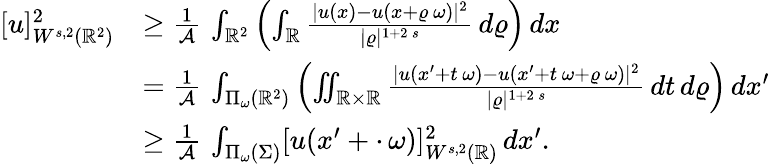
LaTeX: \begin{array}{rl}{[u]_{W^{s,2}(\mathbb{R}^{2})}^{2}}&{\ge\frac{1}{\mathcal{A}}\, \int_{\mathbb{R}^{2}}\left(\int_{\mathbb{R}}\frac{|u(x)-u(x+\varrho\, \omega)|^{2}}{|\varrho|^{1+2\, s}}\, d\varrho\right)\, dx}\\ &{=\frac{1}{\mathcal{A}}\, \int_{\Pi_{\omega}(\mathbb{R}^{2})}\left(\iint_{\mathbb{R}\times\mathbb{R}}\frac{|u(x^{\prime}+t\, \omega)-u(x^{\prime}+t\, \omega+\varrho\, \omega)|^{2}}{|\varrho|^{1+2\, s}}\, dt\, d\varrho\right)\, dx^{\prime}}\\ &{\ge\frac{1}{\mathcal{A}}\, \int_{\Pi_{\omega}(\Sigma)}[u(x^{\prime}+\cdot\, \omega)]_{W^{s,2}(\mathbb{R})}^{2}\, dx^{\prime}.}\end{array}